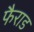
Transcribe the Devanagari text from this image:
फैराड